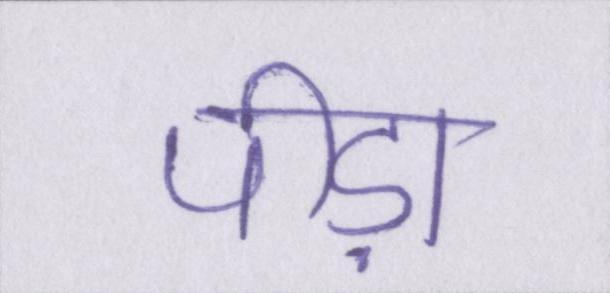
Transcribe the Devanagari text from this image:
पीड़ा